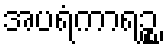
အပရံကာရဉ္စ